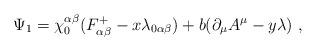
LaTeX: \begin{align*}\Psi _1=\chi _0^{\alpha \beta }(F^+_{\alpha\beta }-x\lambda _{0\alpha \beta })+b(\partial _\mu A^\mu-y\lambda )\ ,\end{align*}